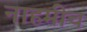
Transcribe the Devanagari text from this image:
नाहमीच